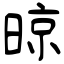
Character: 晾